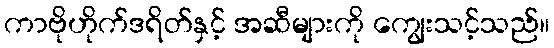
ကာဗိုဟိုက်ဒရိတ်နှင့် အဆီများကို ကျွေးသင့်သည်။